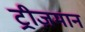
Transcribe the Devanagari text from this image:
ट्रीज़मान